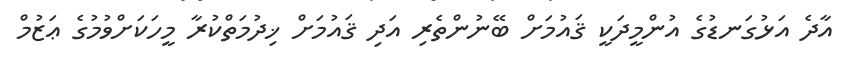
އާދެ އަޅުގަނޑުގެ އުންމީދަކީ ޤައުމަށް ބޭނުންތެރި އަދި ޤައުމަށް ޚިދުމަތްކުރާ މީހަކަށްވުމުގެ ޢަޒުމް